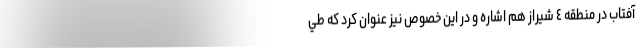
آفتاب در منطقه ٤ شیراز هم اشاره و در این خصوص نیز عنوان کرد كه طي